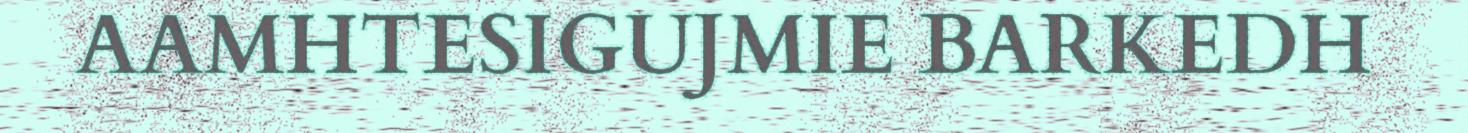
AAMHTESIGUJMIE BARKEDH